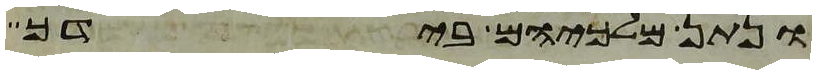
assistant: ונתן מלכיהם בידך